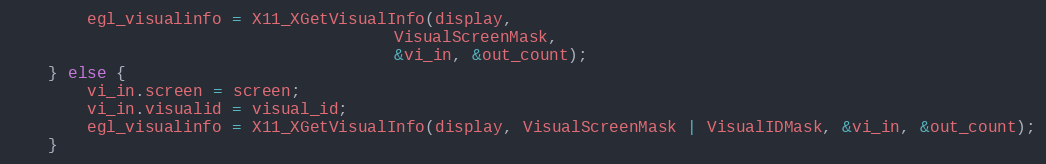
Language: C
        egl_visualinfo = X11_XGetVisualInfo(display,
                                        VisualScreenMask,
                                        &vi_in, &out_count);
    } else {
        vi_in.screen = screen;
        vi_in.visualid = visual_id;
        egl_visualinfo = X11_XGetVisualInfo(display, VisualScreenMask | VisualIDMask, &vi_in, &out_count);
    }